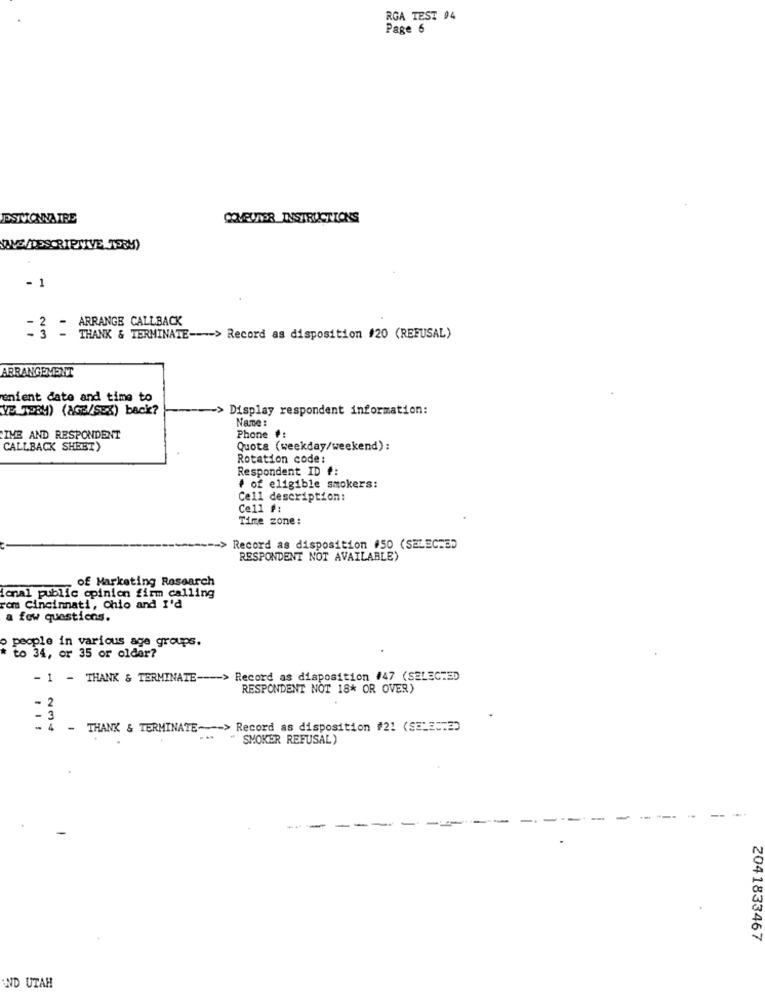
RGA TEST 04
Page 6
ESMOWATRE
COMEURER INSTRUCTIONS
NAVS /DESCRIPTIVE TERM)
. 1
ARRANGE CALLBACK
Im
THANK & TERMINATE ---- > Record as disposition #20 (REFUSAL)
ARRANGEMENT
enient date and time to
YE TPBM) (AGE/SEX) back?
Display respondent information:
Name :
IME AND RESPONDENT
Phone #:
CALLBACK SHEET)
Quota (weekday/weekend):
Rotation code:
Respondent ID #:
# of eligible smokers:
Cell description:
Cell #:
Time zone:
Record as disposition #50 (SELECTED
RESPONDENT NOT AVAILABLE)
of Marketing Research
ional public opinion firm calling
rom Cincinnati, Ohio and I'd
a few questions.
people in various age groups.
* to 34, or 35 or older?
- 1 - THANK & TERMINATE ---- > Record as disposition #47 (SELECTED
RESPONDENT NOT 18* OR OVER)
- 2
- 3
-
- THANK & TERMINATE ---- > Record as disposition #21 (SELEC:2)
" SMOKER REFUSAL)
2041833467
AND UTAH